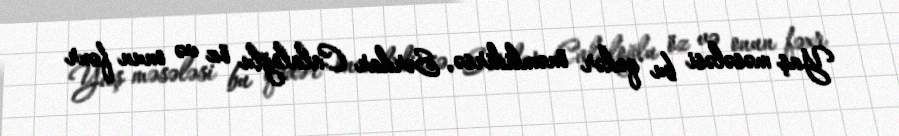
Yaş məsələsi bu qədər önəmlidirsə, Sərdar Calaloğlu öz və onun fəxr